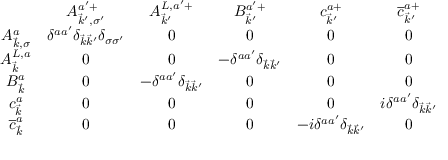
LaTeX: \begin{array} { c c c c c c } { { } } & { { A _ { \vec { k } ^ { \prime } , \sigma ^ { \prime } } ^ { a ^ { \prime } + } } } & { { A _ { \vec { k } ^ { \prime } } ^ { L , a ^ { \prime } + } } } & { { B _ { \vec { k } ^ { \prime } } ^ { a ^ { \prime } + } } } & { { c _ { \vec { k } ^ { \prime } } ^ { a + } } } & { { \overline { { { c } } } _ { \vec { k } ^ { \prime } } ^ { a + } } } \\ { { A _ { \vec { k } , \sigma } ^ { a } } } & { { \delta ^ { a a ^ { \prime } } \delta _ { \vec { k } \vec { k } ^ { \prime } } \delta _ { \sigma \sigma ^ { \prime } } } } & { { 0 } } & { { 0 } } & { { 0 } } & { { 0 } } \\ { { A _ { \vec { k } } ^ { L , a } } } & { { 0 } } & { { 0 } } & { { - \delta ^ { a a ^ { \prime } } \delta _ { \vec { k } \vec { k } ^ { \prime } } } } & { { 0 } } & { { 0 } } \\ { { B _ { \vec { k } } ^ { a } } } & { { 0 } } & { { - \delta ^ { a a ^ { \prime } } \delta _ { \vec { k } \vec { k } ^ { \prime } } } } & { { 0 } } & { { 0 } } & { { 0 } } \\ { { c _ { \vec { k } } ^ { a } } } & { { 0 } } & { { 0 } } & { { 0 } } & { { 0 } } & { { i \delta ^ { a a ^ { \prime } } \delta _ { \vec { k } \vec { k } ^ { \prime } } } } \\ { { \overline { { { c } } } _ { \vec { k } } ^ { a } } } & { { 0 } } & { { 0 } } & { { 0 } } & { { - i \delta ^ { a a ^ { \prime } } \delta _ { \vec { k } \vec { k } ^ { \prime } } } } & { { 0 } } \end{array}